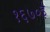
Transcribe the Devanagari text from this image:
१६७०ई